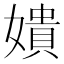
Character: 嬇